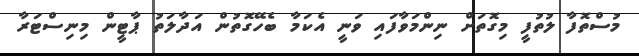
މުސްތޮފާ ލުތުފީ މިގޮތަށް ނިންމަވާފައި ވަނީ އެކަމާ ބެހޭގޮތުން އަދާލަތު ޕާޓީން މިނިސްޓަރާ